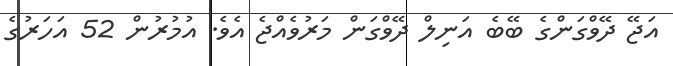
އަޖޭ ދޭވްގަންގެ ބޭބެ އަނިލް ދޭވްގަން މަރުވެއްޖެ އެވެ. އުމުރުން 52 އަހަރުގެ